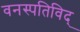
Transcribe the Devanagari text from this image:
वनस्पतिविद्